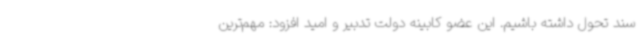
سند تحول داشته باشیم. این عضو کابینه دولت تدبیر و امید افزود: مهم‌ترین